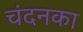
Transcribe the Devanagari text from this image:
चंदनका